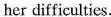
her difficulties.